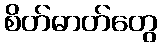
စိတ်ဓာတ်တွေ